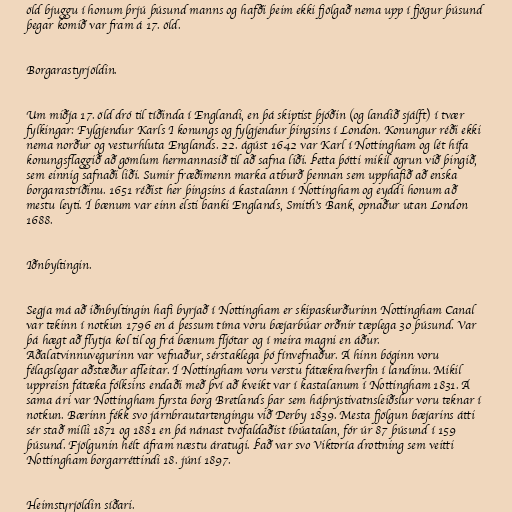
öld bjuggu í honum þrjú þúsund manns og hafði þeim ekki fjölgað nema upp í fjögur þúsund
þegar komið var fram á 17. öld.

Borgarastyrjöldin.

Um miðja 17. öld dró til tíðinda í Englandi, en þá skiptist þjóðin (og landið sjálft) í tvær
fylkingar: Fylgjendur Karls I konungs og fylgjendur þingsins í London. Konungur réði ekki
nema norður og vesturhluta Englands. 22. ágúst 1642 var Karl í Nottingham og lét hífa
konungsflaggið að gömlum hermannasið til að safna liði. Þetta þótti mikil ögrun við þingið,
sem einnig safnaði liði. Sumir fræðimenn marka atburð þennan sem upphafið að enska
borgarastríðinu. 1651 réðist her þingsins á kastalann í Nottingham og eyddi honum að
mestu leyti. Í bænum var einn elsti banki Englands, Smith's Bank, opnaður utan London
1688.

Iðnbyltingin.

Segja má að iðnbyltingin hafi byrjað í Nottingham er skipaskurðurinn Nottingham Canal
var tekinn í notkun 1796 en á þessum tíma voru bæjarbúar orðnir tæplega 30 þúsund. Var
þá hægt að flytja kol til og frá bænum fljótar og í meira magni en áður.
Aðalatvinnuvegurinn var vefnaður, sérstaklega þó fínvefnaður. Á hinn bóginn voru
félagslegar aðstæður afleitar. Í Nottingham voru verstu fátækrahverfin í landinu. Mikil
uppreisn fátæka fólksins endaði með því að kveikt var í kastalanum í Nottingham 1831. Á
sama ári var Nottingham fyrsta borg Bretlands þar sem háþrýstivatnsleiðslur voru teknar í
notkun. Bærinn fékk svo járnbrautartengingu við Derby 1839. Mesta fjölgun bæjarins átti
sér stað milli 1871 og 1881 en þá nánast tvöfaldaðist íbúatalan, fór úr 87 þúsund í 159
þúsund. Fjölgunin hélt áfram næstu áratugi. Það var svo Viktoría drottning sem veitti
Nottingham borgarréttindi 18. júní 1897.

Heimstyrjöldin síðari.